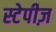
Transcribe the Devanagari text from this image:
स्टेपीज़